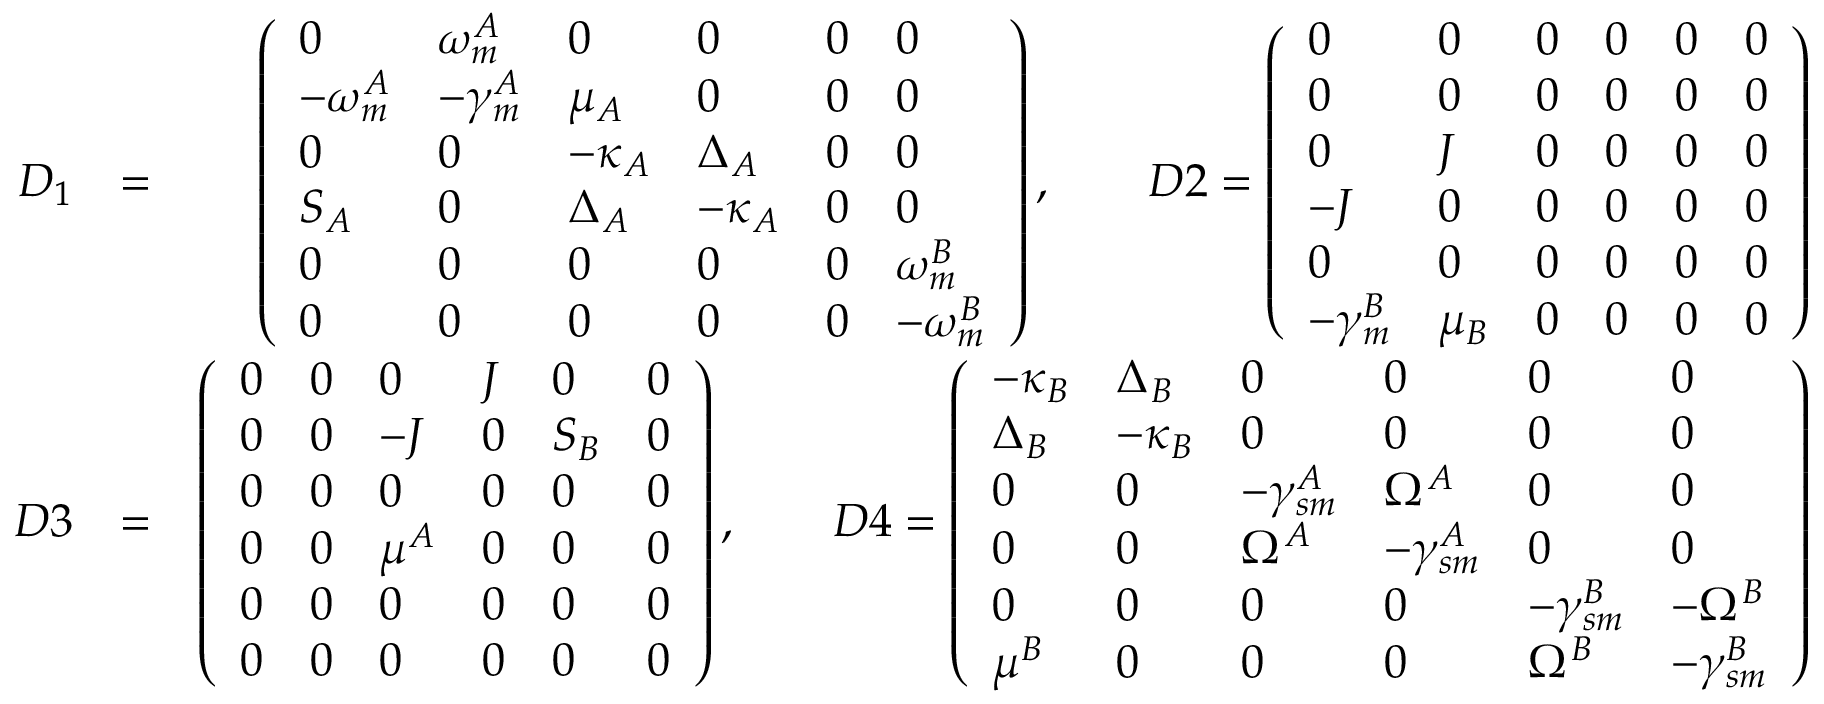
\begin{array} { r l r } { D _ { 1 } } & { = } & { \left( \begin{array} { l l l l l l } { 0 } & { \omega _ { m } ^ { A } } & { 0 } & { 0 } & { 0 } & { 0 } \\ { - \omega _ { m } ^ { A } } & { - \gamma _ { m } ^ { A } } & { \mu _ { A } } & { 0 } & { 0 } & { 0 } \\ { 0 } & { 0 } & { - \kappa _ { A } } & { \Delta _ { A } } & { 0 } & { 0 } \\ { S _ { A } } & { 0 } & { \Delta _ { A } } & { - \kappa _ { A } } & { 0 } & { 0 } \\ { 0 } & { 0 } & { 0 } & { 0 } & { 0 } & { \omega _ { m } ^ { B } } \\ { 0 } & { 0 } & { 0 } & { 0 } & { 0 } & { - \omega _ { m } ^ { B } } \end{array} \right) , \quad \quad D 2 = \left( \begin{array} { l l l l l l } { 0 } & { 0 } & { 0 } & { 0 } & { 0 } & { 0 } \\ { 0 } & { 0 } & { 0 } & { 0 } & { 0 } & { 0 } \\ { 0 } & { J } & { 0 } & { 0 } & { 0 } & { 0 } \\ { - J } & { 0 } & { 0 } & { 0 } & { 0 } & { 0 } \\ { 0 } & { 0 } & { 0 } & { 0 } & { 0 } & { 0 } \\ { - \gamma _ { m } ^ { B } } & { \mu _ { B } } & { 0 } & { 0 } & { 0 } & { 0 } \end{array} \right) } \\ { D 3 } & { = } & { \left( \begin{array} { l l l l l l } { 0 } & { 0 } & { 0 } & { J } & { 0 } & { 0 } \\ { 0 } & { 0 } & { - J } & { 0 } & { S _ { B } } & { 0 } \\ { 0 } & { 0 } & { 0 } & { 0 } & { 0 } & { 0 } \\ { 0 } & { 0 } & { \mu ^ { A } } & { 0 } & { 0 } & { 0 } \\ { 0 } & { 0 } & { 0 } & { 0 } & { 0 } & { 0 } \\ { 0 } & { 0 } & { 0 } & { 0 } & { 0 } & { 0 } \end{array} \right) , \quad \quad D 4 = \left( \begin{array} { l l l l l l } { - \kappa _ { B } } & { \Delta _ { B } } & { 0 } & { 0 } & { 0 } & { 0 } \\ { \Delta _ { B } } & { - \kappa _ { B } } & { 0 } & { 0 } & { 0 } & { 0 } \\ { 0 } & { 0 } & { - \gamma _ { s m } ^ { A } } & { \Omega ^ { A } } & { 0 } & { 0 } \\ { 0 } & { 0 } & { \Omega ^ { A } } & { - \gamma _ { s m } ^ { A } } & { 0 } & { 0 } \\ { 0 } & { 0 } & { 0 } & { 0 } & { - \gamma _ { s m } ^ { B } } & { - \Omega ^ { B } } \\ { \mu ^ { B } } & { 0 } & { 0 } & { 0 } & { \Omega ^ { B } } & { - \gamma _ { s m } ^ { B } } \end{array} \right) } \end{array}